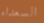
السعداء